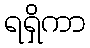
ရရှိကာ